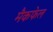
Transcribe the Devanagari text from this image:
मैकफेल